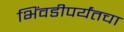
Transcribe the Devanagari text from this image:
भिंवडीपर्यंतचा